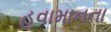
હવામાનના